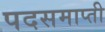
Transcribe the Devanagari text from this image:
पदसमाप्ती